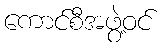
ကောင်စီအဖွဲ့ဝင်